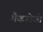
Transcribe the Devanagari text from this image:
मैकडोजो